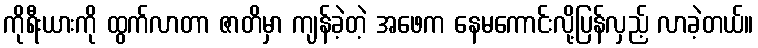
ကိုရီးယားကို ထွက်လာတာ ဇာတိမှာ ကျန်ခဲ့တဲ့ အဖေက နေမကောင်းလို့ပြန်လှည့် လာခဲ့တယ်။